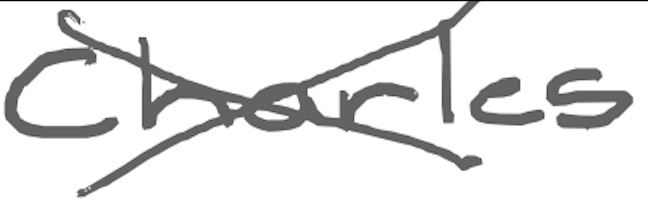
Text: Charles
Cross-out: cross
Writing tool: digital_gray